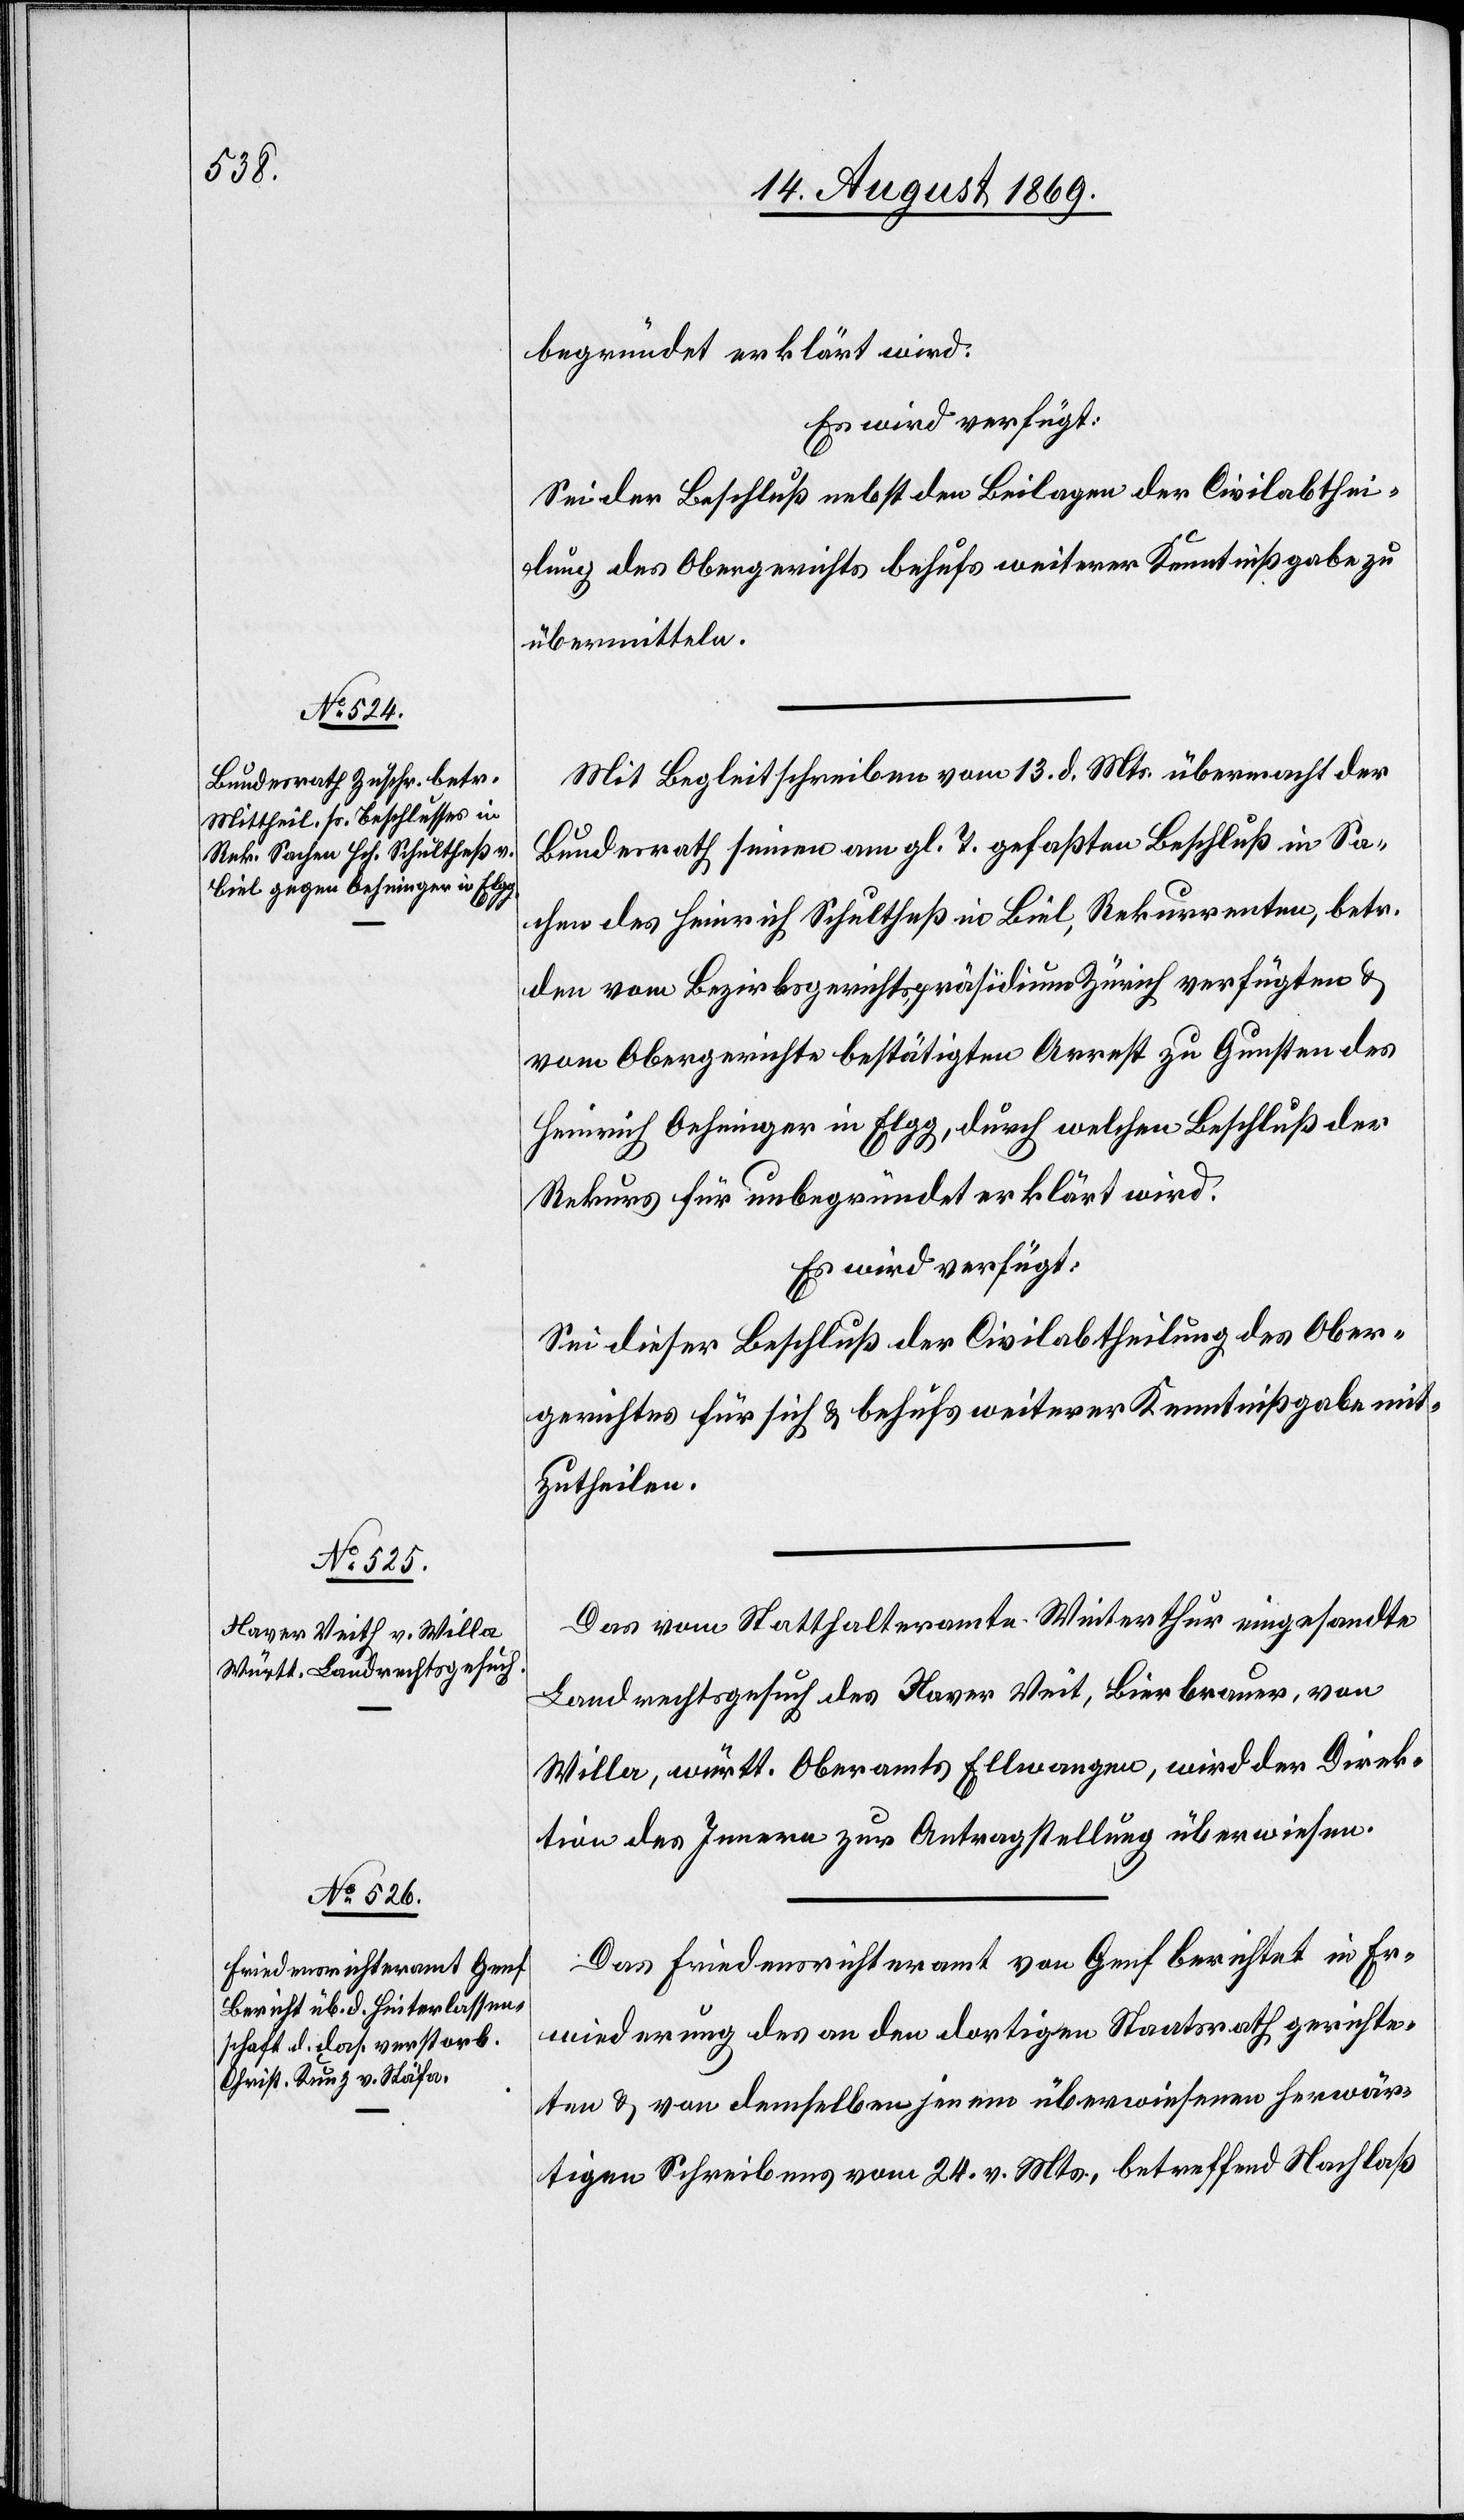
17. August 1869.]
begründet erklärt wird.
Es wird verfügt:
Sei der Beschluß nebst den Beilagen der Civilabthei¬
lung des Obergerichts behufs weiterer Kenntnißgabe zu
übermitteln.
Mit Begleitschreiben vom 13. d. Mts. übermacht der
Bundesrath seinen am gl. T. gefaßten Beschluß in Sa¬
chen des Heinrich Schultheß in Biel, Rekurrenten, betr.
den vom Bezirksgerichtspräsidium Zürich verfügten &
vom Obergerichte bestätigten Arrest zu Gunsten des
Heinrich Oehninger in Elgg, durch welchen Beschluß der
Rekurs für unbegründet erklärt wird.
Es wird verfügt:
Sei dieser Beschluß der Civilabtheilung des Ober¬
gerichtes für sich & behufs weiterer Kenntnißgabe mit¬
zutheilen.
Das vom Statthalteramte Winterthur eingesandte
Landrechtsgesuch des Xaver Veit [sic!], Bierbrauer, von
Willa, württ. Oberamts Ellwangen, wird der Direk¬
tion des Innern zur Antragstellung überwiesen.
Das Friedensrichteramt von Genf berichtet in Er¬
wiederung des an den dortigen Staatsrath gerichte¬
ten & von demselben jenem überwiesenen herwär¬
tigen Schreibens vom 24. v. Mts., betreffend Nachlaß